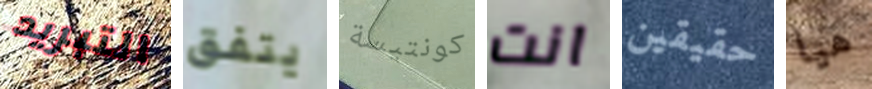
التبريد يتفق كونتيسة انت حقيقين هيا